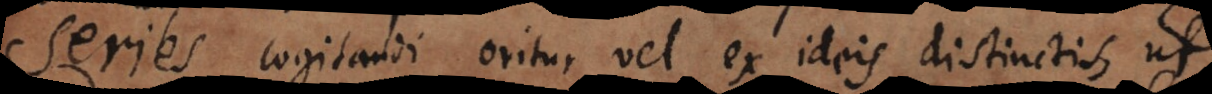
Series cogitandi oritur vel ex ideis distinctis, ut